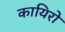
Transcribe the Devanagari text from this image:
कायिरो